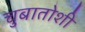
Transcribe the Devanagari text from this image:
चुबातोशी